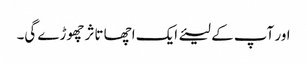
اور آپ کے لیئے ایک اچھا تاثر چھوڑے گی۔